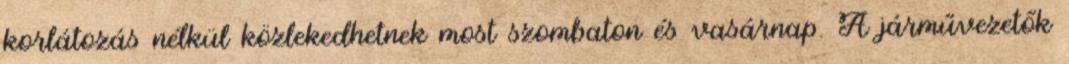
korlátozás nélkül közlekedhetnek most szombaton és vasárnap. A járművezetők